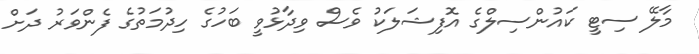
މާލޭ ސިޓީ ކައުންސިލްގެ އޮފިޝަލަކު ވެސް ވިދާޅުވީ ބަހުގެ ހިދުމަތުގެ ފެންވަރު ދަށް